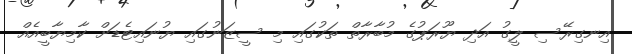
އިނގިރޭސި ލީގު އަދި ޔޫރަޕުގެ މުބާރާތް ތަކުގައި މި ސީޒަނުގައި ޔުނައިޓެޑަށް ކާމިޔާބީއެއް